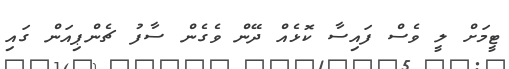
ޓީމަށް ލީ ވެސް ފައިސާ ކޮޅެއް ދޭން ވެގެން ސާފު ޗެންޕިއަން ގައި